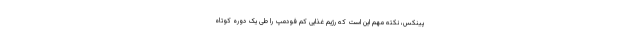
پینکس، نکته مهم این است که رژیم غذایی کم فودمپ را طی یک دوره کوتاه